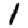
Digit: 1